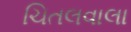
ચિતલવાલા